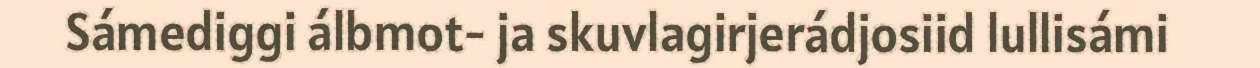
Sámediggi álbmot- ja skuvlagirjerádjosiid lullisámi